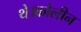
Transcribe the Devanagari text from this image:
थे।कोलीन